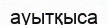
ауытқыса